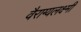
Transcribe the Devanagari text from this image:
वैराग्यलक्ष्मी